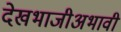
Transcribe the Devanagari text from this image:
देखभाजीअभावी